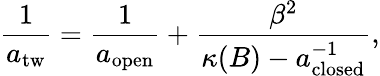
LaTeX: \frac{1}{a_{\mathrm{tw}}}=\frac{1}{a_{\mathrm{open}}}+\frac{\beta^{2}}{\kappa(B)-a_{\mathrm{closed}}^{-1}},